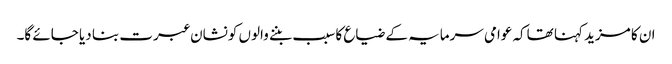
ان کا مزید کہنا تھاکہ عوامی سرمایہ کے ضیاع کا سبب بننے والوں کونشان عبرت بنا دیا جائے گا۔